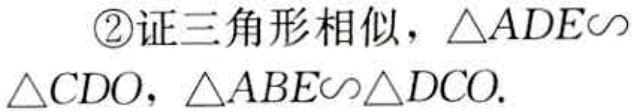
\textcircled{2}证三角形相似，$\triangle ADE\sim\triangle CDO$，$\triangle ABE\sim\triangle DCO$.